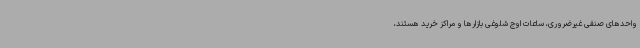
واحدهای صنفی غیرضروری، ساعات اوج شلوغی بازارها و مراکز خرید هستند،